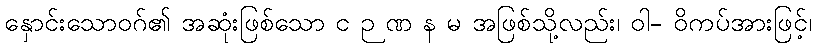
နှောင်းသောဝဂ်၏ အဆုံးဖြစ်သော င ဉ ဏ န မ အဖြစ်သို့လည်း၊ ဝါ- ဝိကပ်အားဖြင့်၊